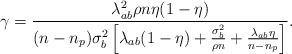
LaTeX: \begin{align*} \gamma =\frac{\lambda_{ab}^2\rho n \eta (1-\eta)}{(n-n_p)\sigma_b^2\left[\lambda_{ab}(1-\eta)+\frac{\sigma_b^2}{\rho n}+\frac{\lambda_{ab}\eta}{n-n_p}\right]}.\end{align*}